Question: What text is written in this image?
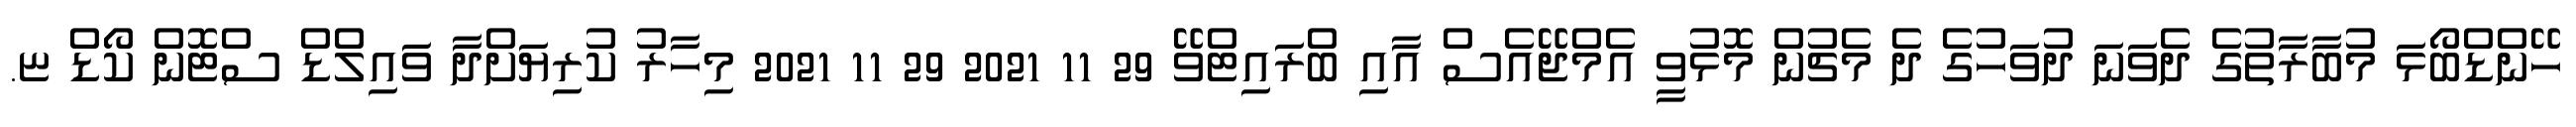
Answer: ހޭންޑްބޯޅަ މުބާރާތުގެ ދެވަނަ ދުވަހުގެ ދެ މެޗުން މޮޅުވީ އެމްޖޭއެސް އާއި ބްރައިޓްވޭ 29 11 2021 29 11 2021 މިހާރު ކުރިޔަށްދާ ވައިލްޑް ސްޓޮން ކޯޑް ޏ.